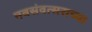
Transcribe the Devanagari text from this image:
नवसंवत्सराच्या